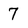
Character: 7